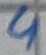
Text: 4